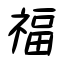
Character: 福